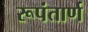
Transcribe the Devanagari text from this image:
रूपंतार्ण